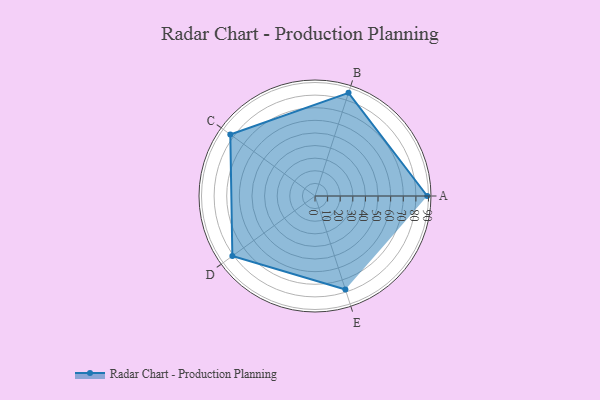
{"axis": {"x": "Skill", "y": "Score"}, "legend": ["Profile"], "data": [{"x": "A", "y": 89.0, "type": "Profile"}, {"x": "B", "y": 86.0, "type": "Profile"}, {"x": "C", "y": 83.0, "type": "Profile"}, {"x": "D", "y": 81.0, "type": "Profile"}, {"x": "E", "y": 78.0, "type": "Profile"}]}